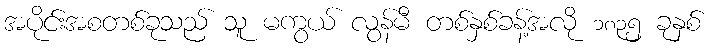
အပိုင်းအစတစ်ခုသည် သူ မကွယ် လွန်မီ တစ်နှစ်ခန့်အလို ၁၈၃၅ ခုနှစ်